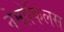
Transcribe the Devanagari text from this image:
नेमोफिलस